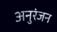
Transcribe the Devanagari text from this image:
अनुरंजन